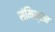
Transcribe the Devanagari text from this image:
संमिश्रन